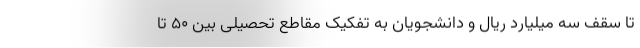
تا سقف سه میلیارد ریال و دانشجویان به تفکیک مقاطع تحصیلی بین ٥٠ تا